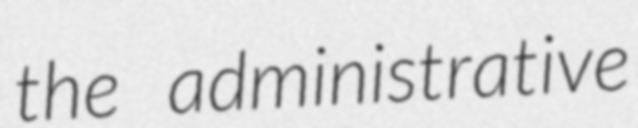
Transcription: the administrative